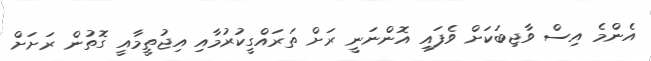
އެންމެ އިސް ވާޖިބަކަށް ވެފައި އޮންނަނީ ރަށް ތަރައްގީކުރުމާއި އިޖުތީމާއީ ގޮތުން ރަށަށް